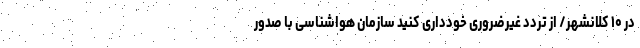
در ۱۰ کلانشهر/ از تردد غیرضروری خودداری کنید سازمان هواشناسی با صدور